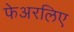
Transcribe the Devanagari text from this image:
फेअरलिए